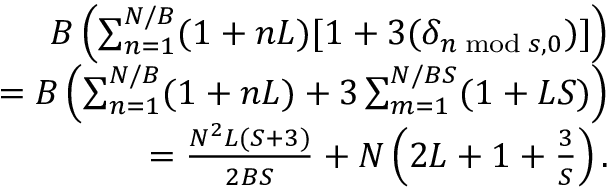
\begin{array} { r } { B \left( \sum _ { n = 1 } ^ { N / B } ( 1 + n L ) [ 1 + 3 ( \delta _ { n \; \mathrm { m o d } \; s , 0 } ) ] \right) } \\ { = B \left( \sum _ { n = 1 } ^ { N / B } ( 1 + n L ) + 3 \sum _ { m = 1 } ^ { N / B S } ( 1 + L S ) \right) } \\ { = \frac { N ^ { 2 } L ( S + 3 ) } { 2 B S } + N \left( 2 L + 1 + \frac { 3 } { S } \right) . } \end{array}